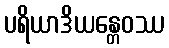
ပရိယာဒိယန္တေဝဿ